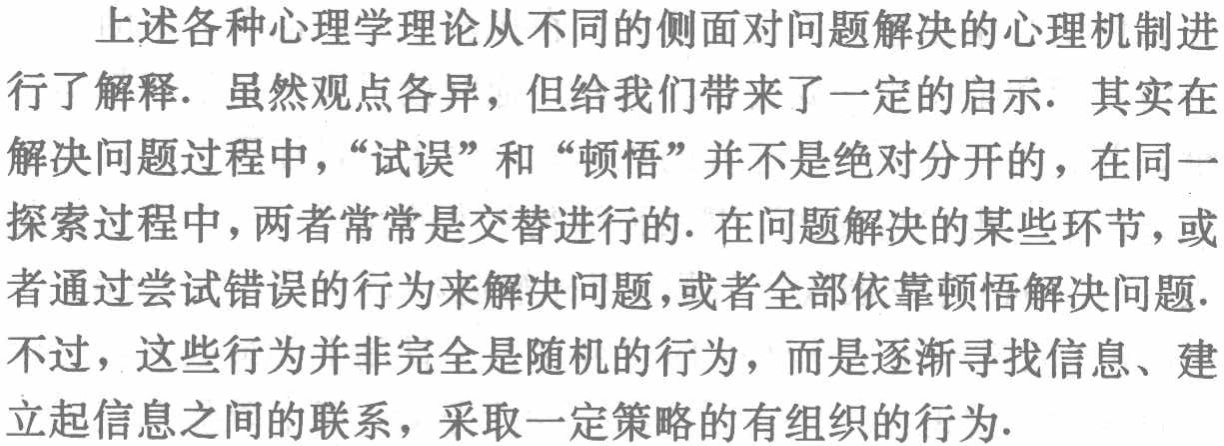
上述各种心理学理论从不同的侧面对问题解决的心理机制进行了解释. 虽然观点各异，但给我们带来了一定的启示. 其实在解决问题过程中，“试误”和“顿悟”并不是绝对分开的，在同一探索过程中，两者常常是交替进行的. 在问题解决的某些环节，或者通过尝试错误的行为来解决问题，或者全部依靠顿悟解决问题. 不过，这些行为并非完全是随机的行为，而是逐渐寻找信息、建立起信息之间的联系，采取一定策略的有组织的行为.